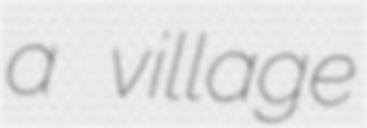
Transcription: a village